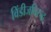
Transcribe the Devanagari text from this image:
विंडीजविरुद्ध